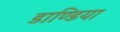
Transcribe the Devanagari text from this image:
डाण्डिया